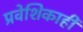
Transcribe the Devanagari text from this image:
प्रवेशिकाही